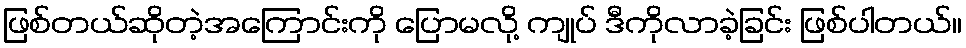
ဖြစ်တယ်ဆိုတဲ့အကြောင်းကို ပြောမလို့ ကျုပ် ဒီကိုလာခဲ့ခြင်း ဖြစ်ပါတယ်။